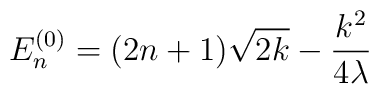
E_n^{(0)} = (2n + 1 ) \sqrt{2k} - \frac{k^2}{4\lambda}